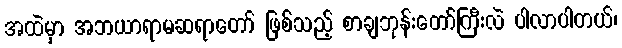
အထဲမှာ အဘယာရာမဆရာတော် ဖြစ်သည့် စာချဘုန်းတော်ကြီးလဲ ပါလာပါတယ်၊